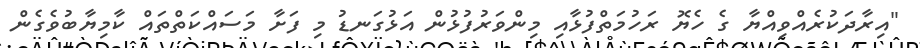
"އިރާދަކުރެއްވިއްޔާ ގެ ހެޔޮ ރަހުމަތްފުޅާއި މިންވަރުފުޅުން އަޅުގަނޑު މި ފަށާ މަސައްކަތްތައް ކާމިޔާބުވެގެން